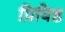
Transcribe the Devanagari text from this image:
प्रिविष्ठ